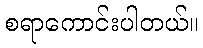
စရာကောင်းပါတယ်။